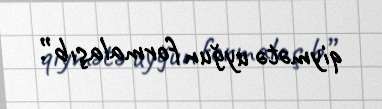
qiymətə uyğun formalaşıb”.